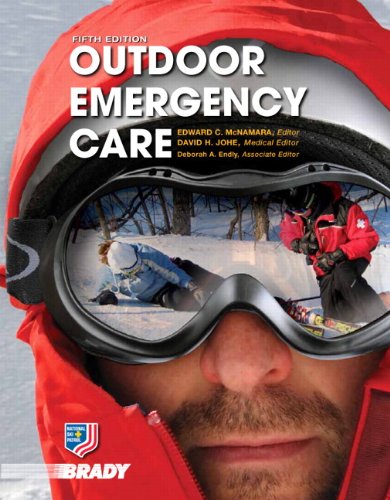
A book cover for Outdoor Emergency Care (5th Edition) (EMR); National Ski Patrol; Medical Books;